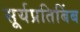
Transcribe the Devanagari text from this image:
सूर्यप्रतिबिंब